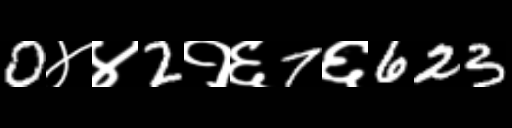
Text: 0४४2१६7६623